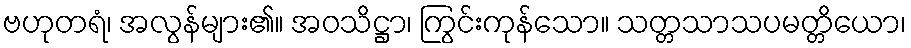
ဗဟုတရံ၊ အလွန်များ၏။ အဝသိဋ္ဌာ၊ ကြွင်းကုန်သော။ သတ္တသာသပမတ္တိယော၊